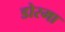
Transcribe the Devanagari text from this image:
डोरमा